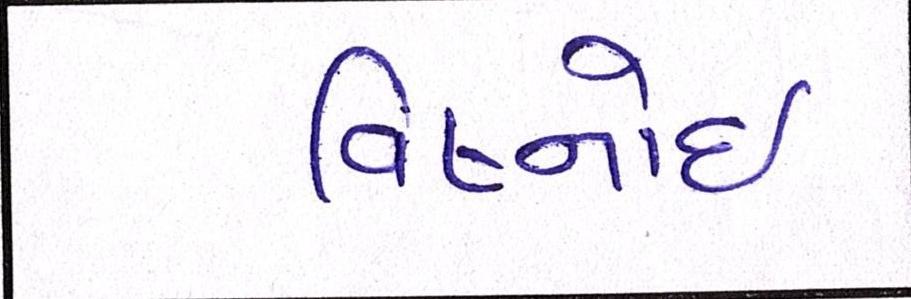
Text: વિષ્નોઈ